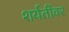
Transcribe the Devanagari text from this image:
शर्यतींवर